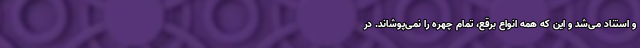
و استناد می‌شد و این که همه انواع برقع، تمام چهره را نمی‌پوشاند. در